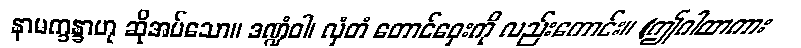
နာမက္ခန္ခာဟု ဆိုအပ်သော။ ဒဏ္ဍံဝါ၊ လှံတံ တောင်ဝှေးကို လည်းကောင်း။ (ဤဂါထာကား